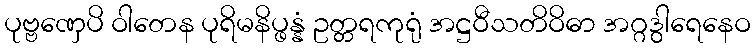
ပုဗ္ဗဏှေပိ ဝါတေန ပုရိမနိပ္ဖန္နံ ဥတ္တရကုရုံ အဋ္ဌဝီသတိဝိဓာ အဂ္ဂဒွါရေနေဝ